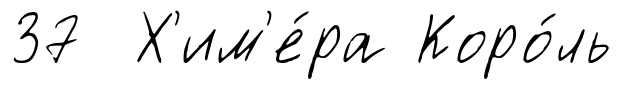
37 Х'им'е́ра Коро́ль